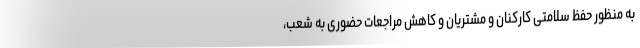
به منظور حفظ سلامتی کارکنان و مشتریان و کاهش مراجعات حضوری به شعب،